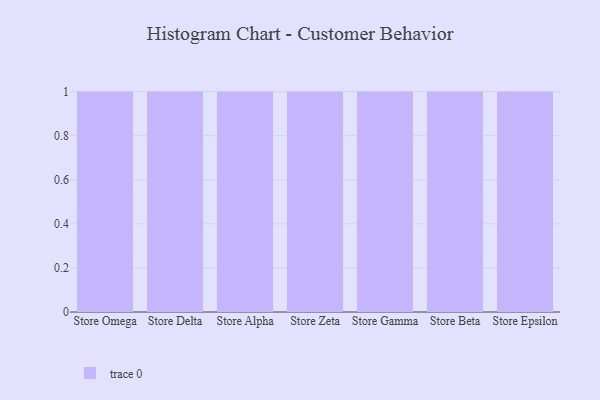
{"axis": {"x": "Store", "y": "Budget (USD K)"}, "legend": [""], "data": [{"x": "Store Omega", "y": 85, "type": ""}, {"x": "Store Delta", "y": 36, "type": ""}, {"x": "Store Alpha", "y": 25, "type": ""}, {"x": "Store Zeta", "y": 62, "type": ""}, {"x": "Store Gamma", "y": 58, "type": ""}, {"x": "Store Beta", "y": 37, "type": ""}, {"x": "Store Epsilon", "y": 100, "type": ""}]}